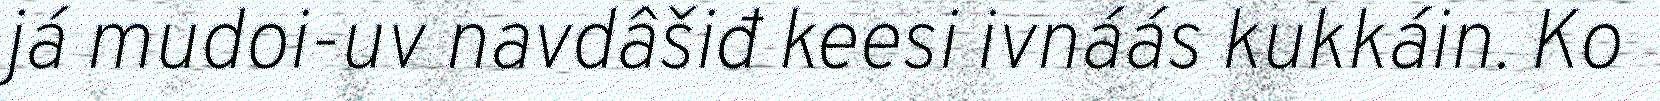
já mudoi-uv navdâšiđ keesi ivnáás kukkáin. Ko